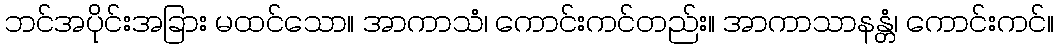
ဘင်အပိုင်းအခြား မထင်သော။ အာကာသံ၊ ကောင်းကင်တည်း။ အာကာသာနန္တံ၊ ကောင်းကင်။